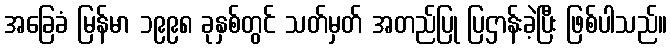
အခြေခံ မြန်မာ ၁၉၉၈ ခုနှစ်တွင် သတ်မှတ် အတည်ပြု ပြဌာန်းခဲ့ပြီး ဖြစ်ပါသည်။